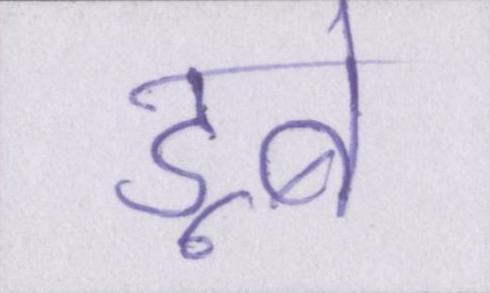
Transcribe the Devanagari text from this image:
डूबे